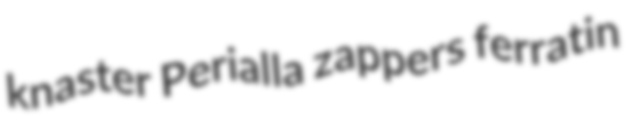
knaster Perialla zappers ferratin